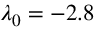
\lambda _ { 0 } = - 2 . 8